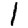
Digit: 1